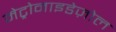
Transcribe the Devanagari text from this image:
मेट्रोनाइडेज़ोल